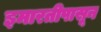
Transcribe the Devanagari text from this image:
इमारतीपासून